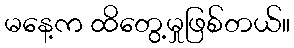
မနေ့က ထိတွေ့မှုဖြစ်တယ်။